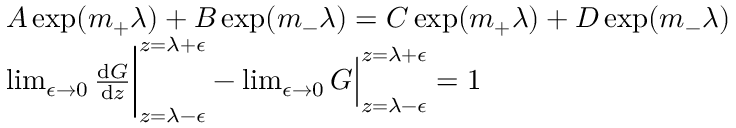
\begin{array} { r l } & { A \exp ( m _ { + } \lambda ) + B \exp ( m _ { - } \lambda ) = C \exp ( m _ { + } \lambda ) + D \exp ( m _ { - } \lambda ) } \\ & { \operatorname* { l i m } _ { \epsilon \rightarrow 0 } \frac { \mathrm { d } G } { \mathrm { d } z } \bigg | _ { z = \lambda - \epsilon } ^ { z = \lambda + \epsilon } - \operatorname* { l i m } _ { \epsilon \rightarrow 0 } G \Big | _ { z = \lambda - \epsilon } ^ { z = \lambda + \epsilon } = 1 } \end{array}